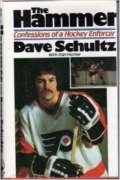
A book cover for The Hammer: Confessions of a hockey enforcer; Dave Schultz; Biographies & Memoirs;